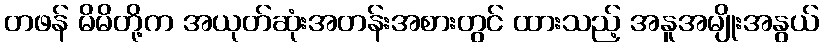
တဖန် မိမိတို့က အယုတ်ဆုံးအတန်းအစားတွင် ထားသည့် အနူအမျိုးအနွယ်